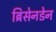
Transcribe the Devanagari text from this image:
ब्रिसेनडेन